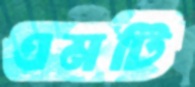
এমটি